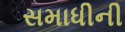
સમાધીની